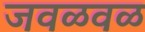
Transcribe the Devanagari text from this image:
जवळवळ